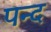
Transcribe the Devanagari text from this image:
पन्द